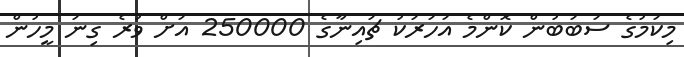
މިކަމުގެ ސަބަބުން ކޮންމެ އަހަރަކު ޗައިނާގެ 250000 އަށް ވުރެ ގިނަ މީހުން